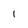
Character: 1